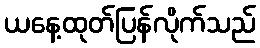
ယနေ့ထုတ်ပြန်လိုက်သည်